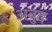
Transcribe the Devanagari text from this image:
अबुद